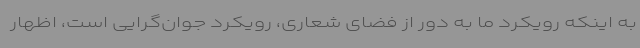
به اینکه رویکرد ما به دور از فضای شعاری، رویکرد جوان‌گرایی است، اظهار